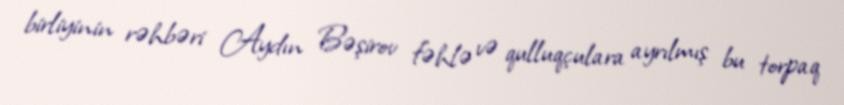
birliyinin rəhbəri Aydın Bəşirov fəhlə və qulluqçulara ayrılmış bu torpaq